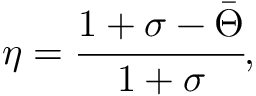
\eta = \cfrac { 1 + \sigma - \bar { \Theta } } { 1 + \sigma } ,